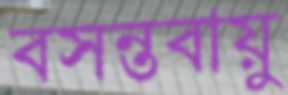
বসন্তবায়ু